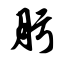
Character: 肟